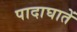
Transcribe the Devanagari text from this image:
पादाघातें